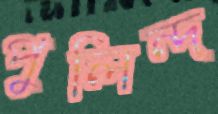
পুলিন্দ